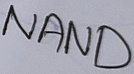
Text: NAND